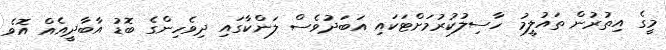
މީގެ އިތުރުން ތައުލީމު ހާސިލުކުރުމަށްޓަކައި އަބަދުވެސް ލަންކާގައި ދިވެހިންގެ ބޮޑު އާބާދީއެއް އޮވެ